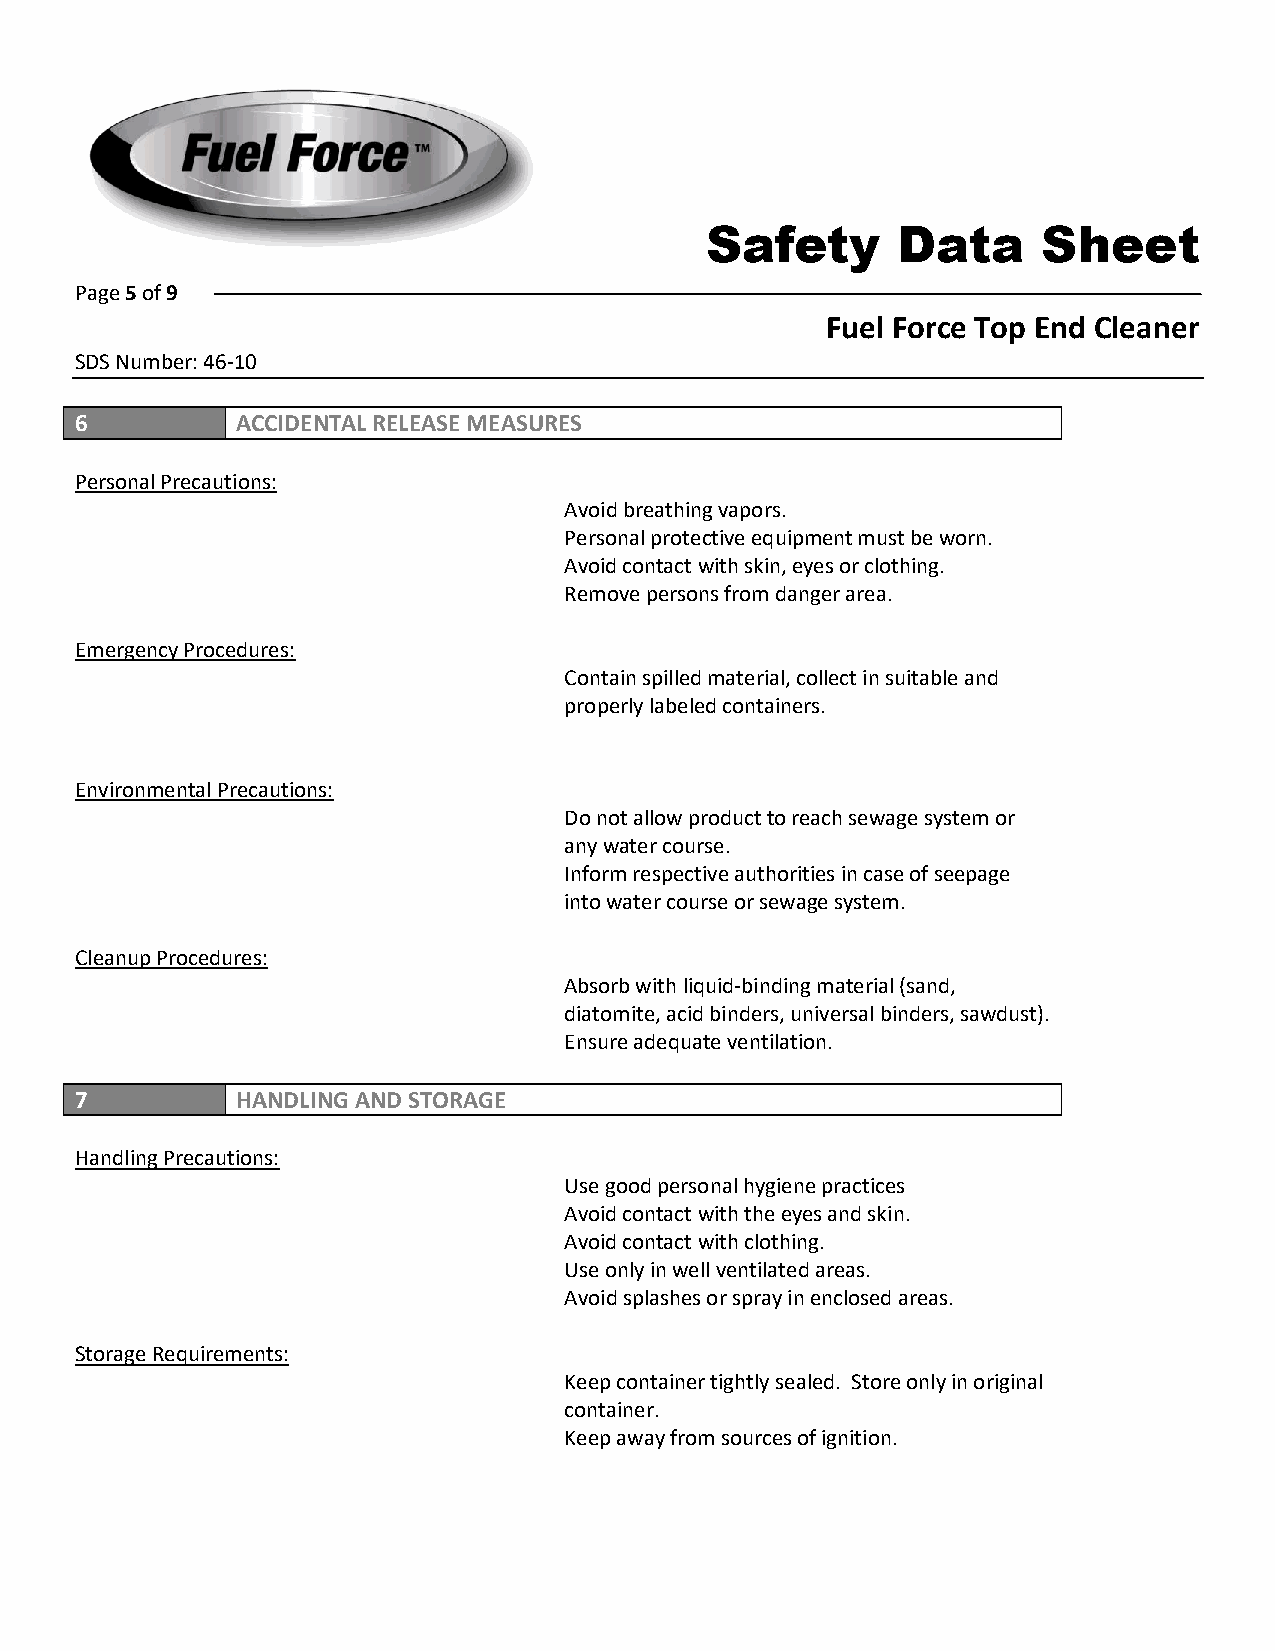
Safety      Data      Sheet
 Page 5 of 9
 Fuel Force Top End Cleaner
 SDS Number: 46-10
 6          ACCIDENTAL RELEASE MEASURES
 Personal Precautions:
 Avoid breathing vapors.
 Personal protective equipment must be worn.
 Avoid contact with skin, eyes or clothing.
 Remove persons from danger area.
 Emergency Procedures:
 Contain spilled material, collect in suitable and
 properly labeled containers.
 Environmental Precautions:
 Do not allow product to reach sewage system or
 any water course.
 Inform respective authorities in case of seepage
 into water course or sewage system.
 Cleanup Procedures:
 Absorb with liquid-binding material (sand,
 diatomite, acid binders, universal binders, sawdust).
 Ensure adequate ventilation.
 7          HANDLING AND STORAGE
 Handling Precautions:
 Use good personal hygiene practices
 Avoid contact with the eyes and skin.
 Avoid contact with clothing.
 Use only in well ventilated areas.
 Avoid splashes or spray in enclosed areas.
 Storage Requirements:
 Keep container tightly sealed. Store only in original
 container.
 Keep away from sources of ignition.